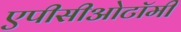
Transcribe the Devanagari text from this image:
एपीसीओटॉमी